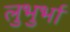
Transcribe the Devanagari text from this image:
लुभुर्भा